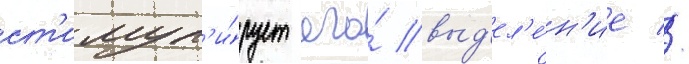
ст'имул'и́рует его́ выд'ел'е́н'ие //